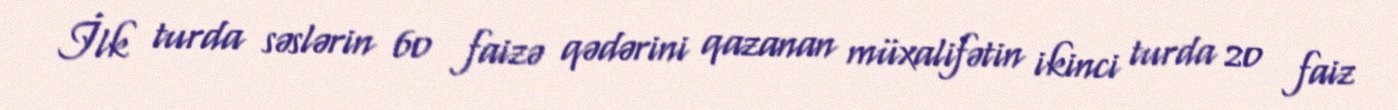
İlk turda səslərin 60 faizə qədərini qazanan müxalifətin ikinci turda 20 faiz